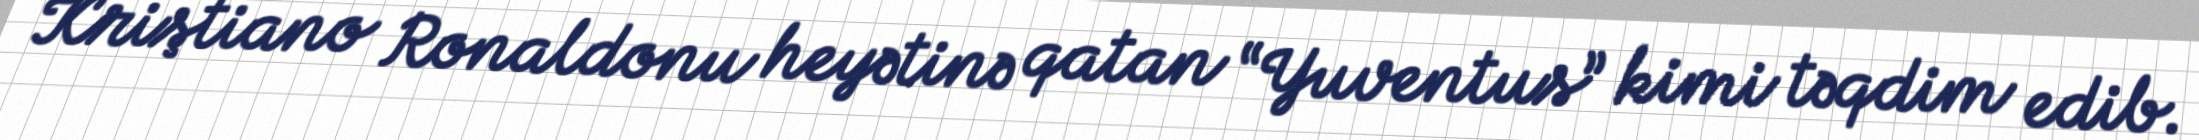
Kriştiano Ronaldonu heyətinə qatan “Yuventus” kimi təqdim edib.